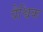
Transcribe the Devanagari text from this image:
वैश्विक